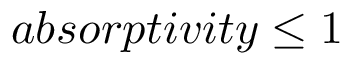
a b s o r p t i v i t y \le 1 \